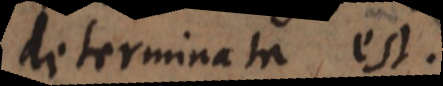
determinata est.